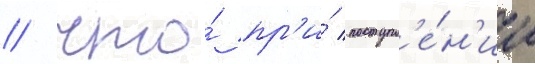
/ что́ пр'и́ поступл'е́н'ии